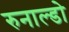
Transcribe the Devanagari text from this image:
रुनाल्डो